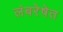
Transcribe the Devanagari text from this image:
लंबरेषेत